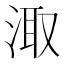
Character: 𭰮